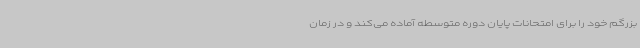
بزرگم خود را برای امتحانات پایان دوره متوسطه آماده می‌کند و در زمان